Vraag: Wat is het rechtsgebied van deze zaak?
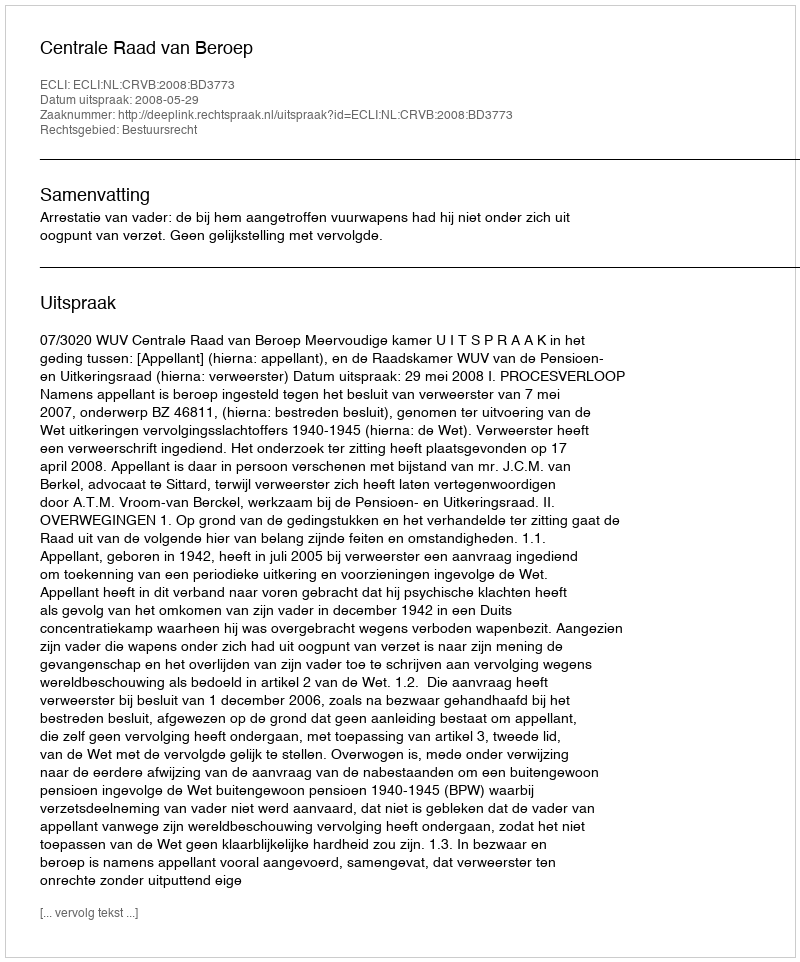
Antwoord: Bestuursrecht